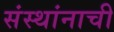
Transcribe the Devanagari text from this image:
संस्थांनाची